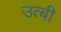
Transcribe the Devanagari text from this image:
उत्बी